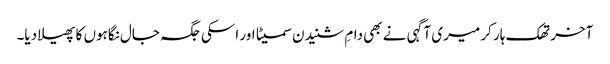
آخر تھک ہار کر میری آگہی نے بھی دامِ شنیدن سمیٹا اور اسکی جگہ جال نگاہوں کا پھیلا دیا۔